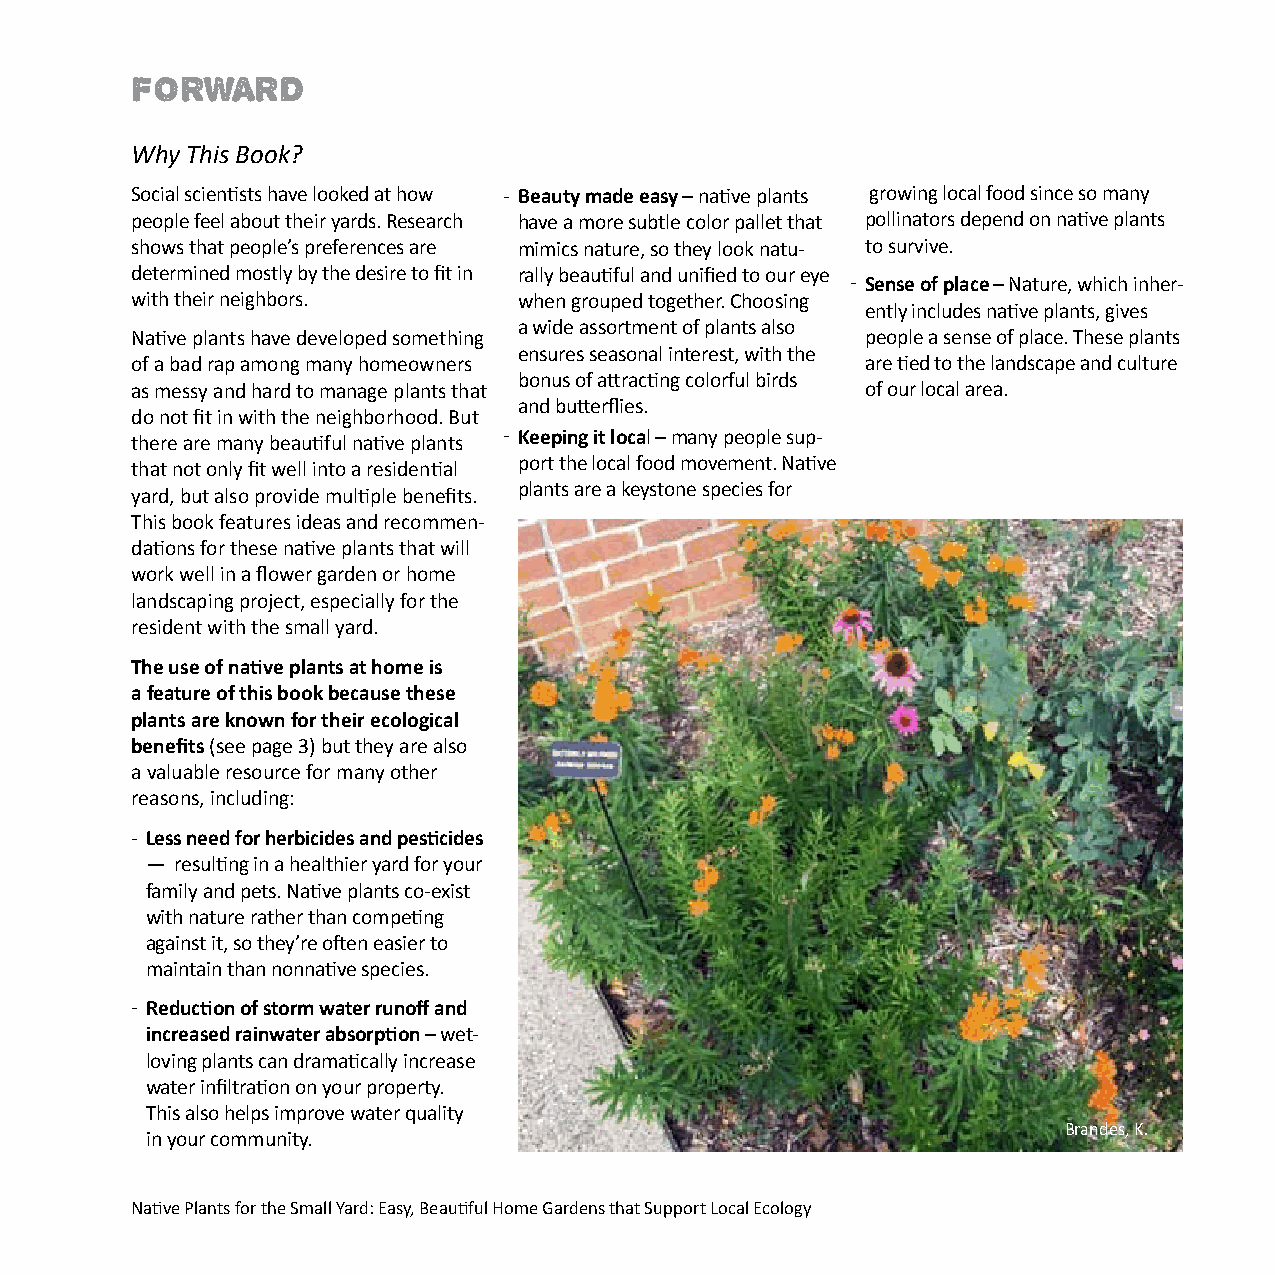
FORWARD
 Why This Book?
 Social scientists have looked at how - Beauty made easy – native plants growing local food since so many
 people feel about their yards. Research have a more subtle color pallet that pollinators depend on native plants
 shows that people’s preferences are mimics nature, so they look natu- to survive.
 determined mostly by the desire to fit in rally beautiful and unified to our eye
 - Sense of place – Nature, which inher-
 with their neighbors.    when grouped together. Choosing
 ently includes native plants, gives
 a wide assortment of plants also
 Native plants have developed something          people a sense of place. These plants
 ensures seasonal interest, with the
 of a bad rap among many homeowners              are tied to the landscape and culture
 bonus of attracting colorful birds
 as messy and hard to manage plants that         of our local area.
 and butterflies.
 do not fit in with the neighborhood. But
 - Keeping it local – many people sup-
 there are many beautiful native plants
 port the local food movement. Native
 that not only fit well into a residential
 plants are a keystone species for
 yard, but also provide multiple benefits.
 This book features ideas and recommen-
 dations for these native plants that will
 work well in a flower garden or home
 landscaping project, especially for the
 resident with the small yard.
 The use of native plants at home is
 a feature of this book because these
 plants are known for their ecological
 benefits (see page 3) but they are also
 a valuable resource for many other
 reasons, including:
 - Less need for herbicides and pesticides
 — resulting in a healthier yard for your
 family and pets. Native plants co-exist
 with nature rather than competing
 against it, so they’re often easier to
 maintain than nonnative species.
 - Reduction of storm water runoff and
 increased rainwater absorption – wet-
 loving plants can dramatically increase
 water infiltration on your property.
 This also helps improve water quality
 Brandes, K.
 in your community.
 Native Plants for the Small Yard: Easy, Beautiful Home Gardens that Support Local Ecology